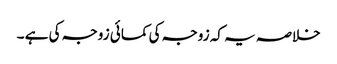
خلاصہ یہ کہ زوجہ کی کمائی زوجہ کی ہے ۔